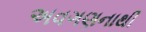
અવગણનાથી